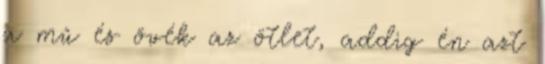
a mű és övék az ötlet, addig én azt